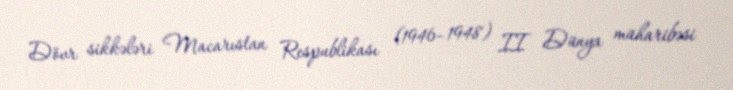
Dövr sikkələri Macarıstan Respublikası (1946–1948) II Dünya müharibəsi